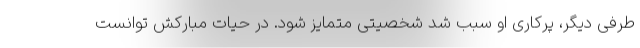
طرفی دیگر، پرکاری او سبب شد شخصیتی متمایز شود. در حیات مبارکش توانست